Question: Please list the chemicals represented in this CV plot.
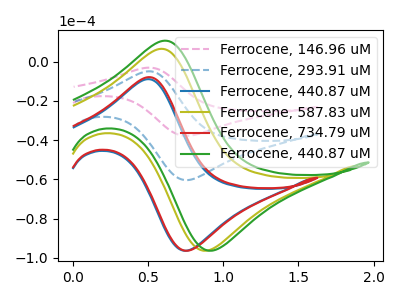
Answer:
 <answer>The pink dashed curve is labeled "Ferrocene, 146.96 uM". The blue dashed curve is labeled "Ferrocene, 293.91 uM". The blue curve is labeled "Ferrocene, 440.87 uM". The olive curve is labeled "Ferrocene, 587.83 uM". The red curve is labeled "Ferrocene, 734.79 uM". The green curve is labeled "Ferrocene, 440.87 uM".</answer>
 <eval></eval>